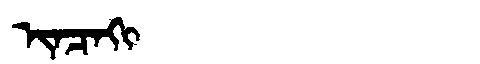
Manchu: ᡳᠨᠴᠠᡴᡳ
Romanization: INCAKI